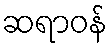
ဆရာဝန်